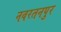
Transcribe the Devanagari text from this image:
नवरतनपुर